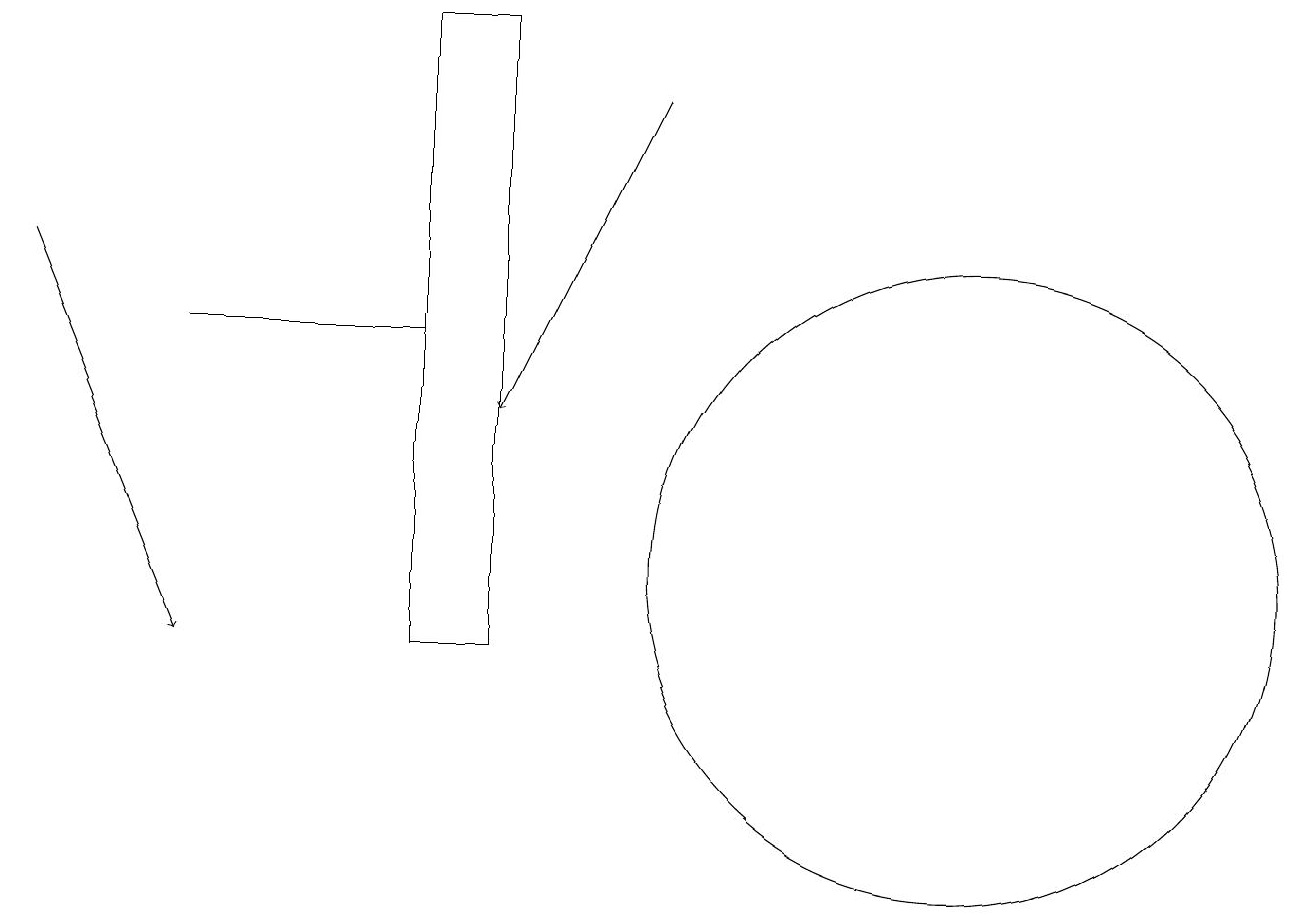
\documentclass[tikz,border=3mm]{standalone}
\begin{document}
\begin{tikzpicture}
\draw[->] (8,18) -- (6,14);
\draw (12,12) circle (4);
\draw (5,11) rectangle (6,19);
\draw (5,15) rectangle (2,15);
\draw[->] (0,16) -- (2,11);
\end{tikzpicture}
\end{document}